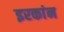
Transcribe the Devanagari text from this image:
इरकांन